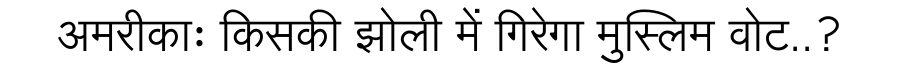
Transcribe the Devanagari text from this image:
अमरीकाः किसकी झोली में गिरेगा मुस्लिम वोट..?